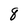
Character: 8